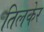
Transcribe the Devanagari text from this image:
तिलकेर